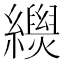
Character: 𦇐